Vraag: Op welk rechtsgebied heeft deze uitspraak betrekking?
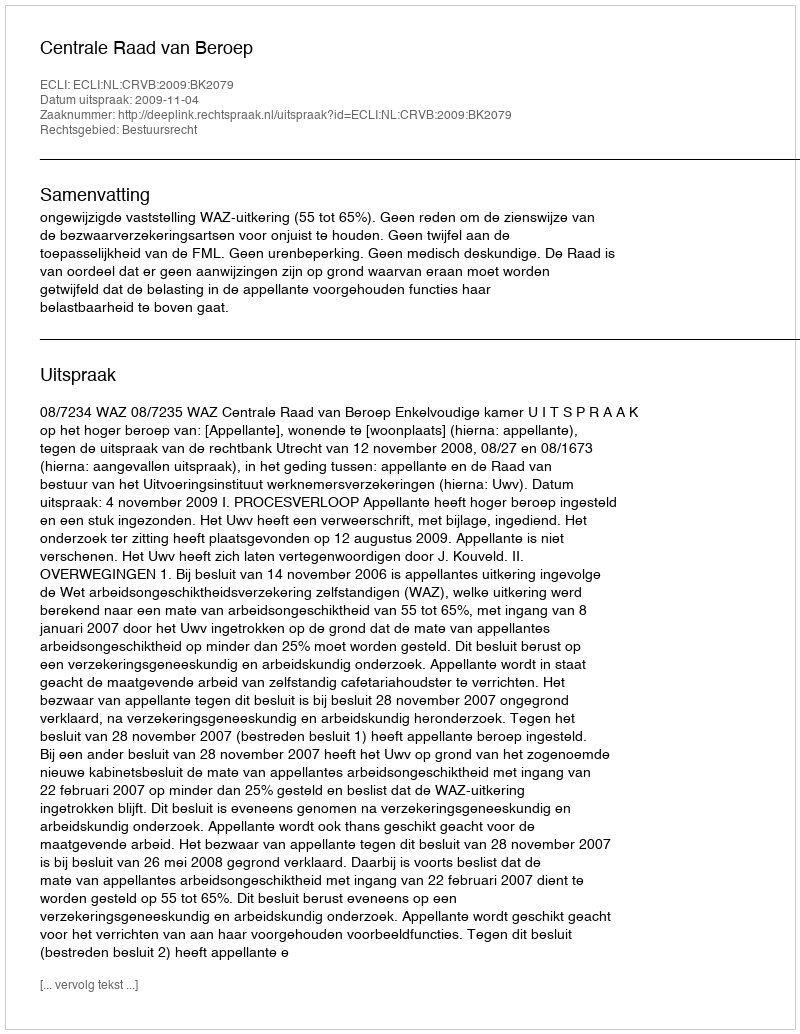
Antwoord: Bestuursrecht